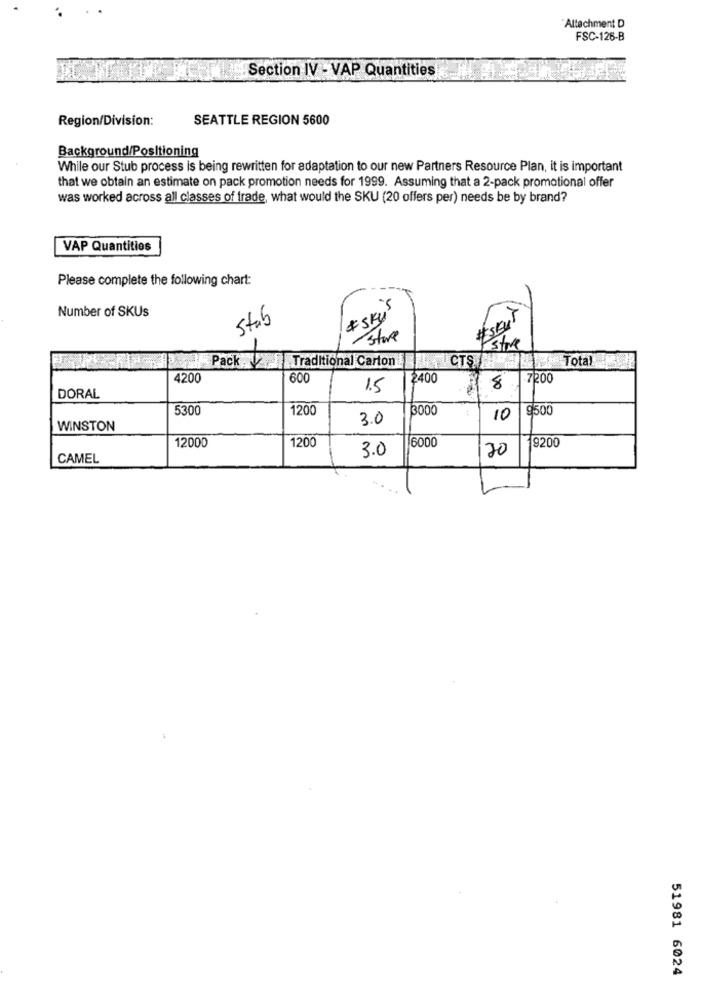
Attachment D
FSC-126-B
Section IV - VAP Quantities
Region/Division:
SEATTLE REGION 5600
Background/Positioning
While our Stub process is being rewritten for adaptation to our new Partners Resource Plan, it is important
that we obtain an estimate on pack promotion needs for 1999. Assuming that a 2-pack promotional offer
was worked across all classes of trade, what would the SKU (20 offers per) needs be by brand?
VAP Quantities
Please complete the following chart:
Number of SKUs
#skur
Stab
# SKU
Store
Stre
Pack Traditional Carton
CTS AU
Total
4200
600
2400
8
.7200
1.5
DORAL
5300
1200
3000
9500
3.0
10
WINSTON
1200
6000
9200
12000
3.0
20
CAMEL
51981 6024